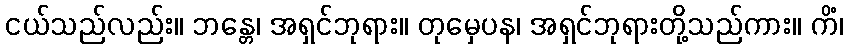
ငယ်သည်လည်း။ ဘန္တေ၊ အရှင်ဘုရား။ တုမှေပန၊ အရှင်ဘုရားတို့သည်ကား။ ကိံ၊